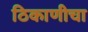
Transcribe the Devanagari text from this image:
ठिकाणीचा